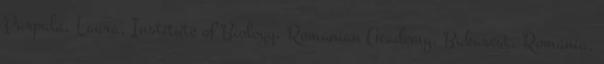
Parpala, Laura, Institute of Biology, Romanian Academy, Bukarest, Románia,